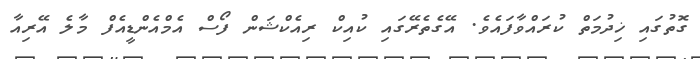
ގޮތުގައި ޚިދުމަތް ކުރައްވާފައެވެ. އޭގެތެރޭގައި ކުއިކް ރިއެކްޝަން ފޯސް އެމްއެންޑީއެފް މާލެ އޭރިއާ